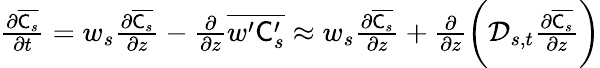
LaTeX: \begin{array}{r}{\frac{\partial\overline{{\mathsf{C}_{s}}}}{\partial t}=w_{s}\frac{\partial\overline{{\mathsf{C}_{s}}}}{\partial z}-\frac{\partial}{\partial z}\overline{{w^{\prime}\mathsf{C}_{s}^{\prime}}}\approx w_{s}\frac{\partial\overline{{\mathsf{C}_{s}}}}{\partial z}+\frac{\partial}{\partial z}\biggl(\mathcal{D}_{s,t}\frac{\partial\overline{{\mathsf{C}_{s}}}}{\partial z}\biggr)}\end{array}